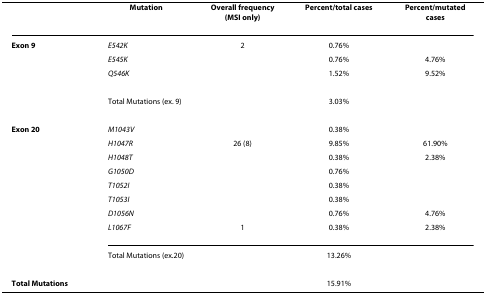
<table><thead><tr><td>[EMPTY_CELL]</td><td><b>Mutation</b></td><td><b>Overall frequency(MSI only)</b></td><td><b>Percent/total cases</b></td><td><b>Percent/mutated cases</b></td></tr></thead><tbody><tr><td><b><i>Exon 9</i></b></td><td><i>E542K</i></td><td>2</td><td>0.76%</td><td>[EMPTY_CELL]</td></tr><tr><td>[EMPTY_CELL]</td><td><i>E545K</i></td><td>[EMPTY_CELL]</td><td>0.76%</td><td>4.76%</td></tr><tr><td>[EMPTY_CELL]</td><td><i>Q546K</i></td><td>[EMPTY_CELL]</td><td>1.52%</td><td>9.52%</td></tr><tr><td>[EMPTY_CELL]</td><td>Total Mutations (ex. 9)</td><td>[EMPTY_CELL]</td><td>3.03%</td><td>[EMPTY_CELL]</td></tr><tr><td><b><i>Exon 20</i></b></td><td><i>M1043V</i></td><td>[EMPTY_CELL]</td><td>0.38%</td><td>[EMPTY_CELL]</td></tr><tr><td>[EMPTY_CELL]</td><td><i>H1047R</i></td><td>26 (8)</td><td>9.85%</td><td>61.90%</td></tr><tr><td>[EMPTY_CELL]</td><td><i>H1048T</i></td><td>[EMPTY_CELL]</td><td>0.38%</td><td>2.38%</td></tr><tr><td>[EMPTY_CELL]</td><td><i>G1050D</i></td><td>[EMPTY_CELL]</td><td>0.76%</td><td>[EMPTY_CELL]</td></tr><tr><td>[EMPTY_CELL]</td><td><i>T1052I</i></td><td>[EMPTY_CELL]</td><td>0.38%</td><td>[EMPTY_CELL]</td></tr><tr><td>[EMPTY_CELL]</td><td><i>T1053I</i></td><td>[EMPTY_CELL]</td><td>0.38%</td><td>[EMPTY_CELL]</td></tr><tr><td>[EMPTY_CELL]</td><td><i>D1056N</i></td><td>[EMPTY_CELL]</td><td>0.76%</td><td>4.76%</td></tr><tr><td>[EMPTY_CELL]</td><td><i>L1067F</i></td><td>1</td><td>0.38%</td><td>2.38%</td></tr><tr><td>[EMPTY_CELL]</td><td>Total Mutations (ex.20)</td><td>[EMPTY_CELL]</td><td>13.26%</td><td>[EMPTY_CELL]</td></tr><tr><td><b><i>Total Mutations</i></b></td><td>[EMPTY_CELL]</td><td>[EMPTY_CELL]</td><td>15.91%</td><td>[EMPTY_CELL]</td></tr></tbody></table>